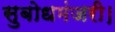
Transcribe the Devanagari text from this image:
सुबोधमंजरी।